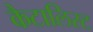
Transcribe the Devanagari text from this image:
कैटालिस्ट